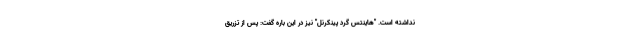
نداشته است. "هاینتس گرد پینکرنل" نیز در این باره گفت: پس از تزریق